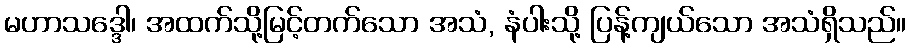
မဟာသဒ္ဒေါ၊ အထက်သို့မြင့်တက်သော အသံ, နံပါးသို့ ပြန့်ကျယ်သော အသံရှိသည်။